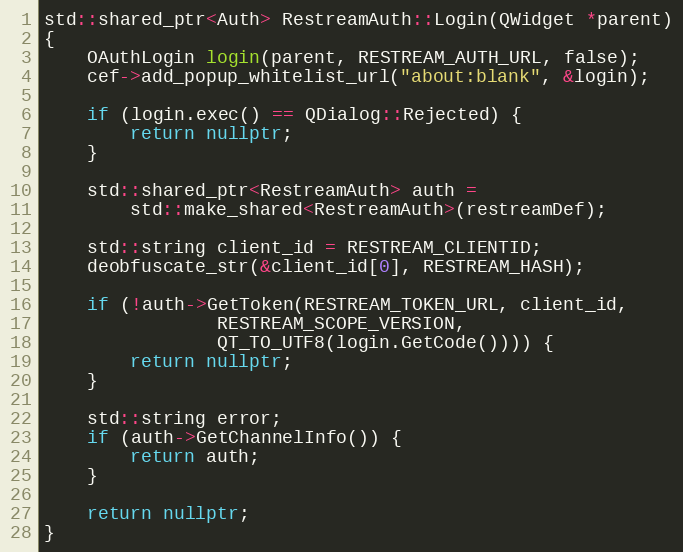
Language: C++
std::shared_ptr<Auth> RestreamAuth::Login(QWidget *parent)
{
	OAuthLogin login(parent, RESTREAM_AUTH_URL, false);
	cef->add_popup_whitelist_url("about:blank", &login);

	if (login.exec() == QDialog::Rejected) {
		return nullptr;
	}

	std::shared_ptr<RestreamAuth> auth =
		std::make_shared<RestreamAuth>(restreamDef);

	std::string client_id = RESTREAM_CLIENTID;
	deobfuscate_str(&client_id[0], RESTREAM_HASH);

	if (!auth->GetToken(RESTREAM_TOKEN_URL, client_id,
			    RESTREAM_SCOPE_VERSION,
			    QT_TO_UTF8(login.GetCode()))) {
		return nullptr;
	}

	std::string error;
	if (auth->GetChannelInfo()) {
		return auth;
	}

	return nullptr;
}